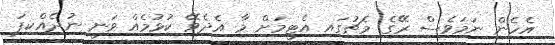
އެހެން ނަމަވެސް ރޭގެ މެޗުގައި އެޓީމަށް މާ އެދެވޭ ކުޅުމެއް ވަނީ ނުދެއްކިފަ